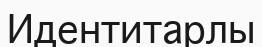
Идентитарлы